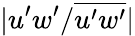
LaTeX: \vert u^{\prime}w^{\prime}/\overline{{u^{\prime}w^{\prime}}}\vert